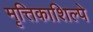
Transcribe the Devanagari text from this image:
मृत्तिकाशिल्पे